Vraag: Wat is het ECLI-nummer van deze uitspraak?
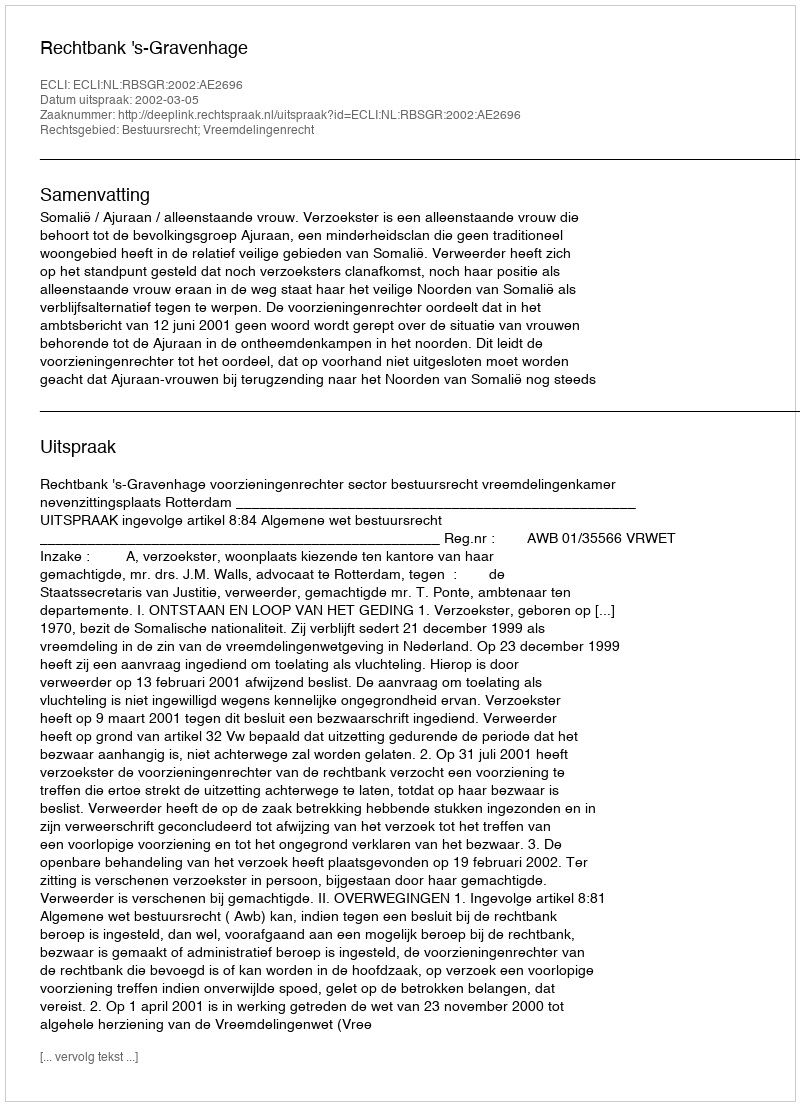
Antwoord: ECLI:NL:RBSGR:2002:AE2696